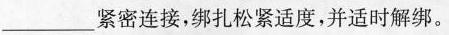
____紧密连接，绑扎松紧适度，并适时解绑。